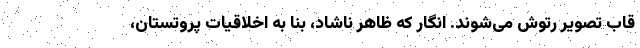
قاب تصویر رتوش می‌شوند. انگار که ظاهر ناشاد، بنا به اخلاقیات پروتستان،